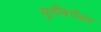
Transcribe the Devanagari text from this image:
युतीबरोबर